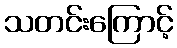
သတင်းကြောင့်